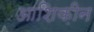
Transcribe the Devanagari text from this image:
आशिक़ीन